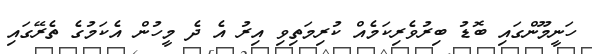
ހަނީމޫންގައި ބޮޑު ބިރުވެރިކަމެއް ކުރިމަތިވި އިރު އެ ދެ މީހުން އެކަމުގެ ތެރޭގައި